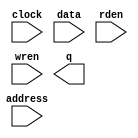
// megafunction wizard: %RAM: 1-PORT%VBB%
// GENERATION: STANDARD
// VERSION: WM1.0
// MODULE: altsyncram 

// ============================================================
// Megafunction Name(s):
// 			altsyncram
//
// Simulation Library Files(s):
// 			altera_mf
// ============================================================
// ************************************************************
// THIS IS A WIZARD-GENERATED FILE. DO NOT EDIT THIS FILE!
//
// 20.1.1 Build 720 11/11/2020 SJ Lite Edition
// ************************************************************

//Copyright (C) 2020  Intel Corporation. All rights reserved.
//Your use of Intel Corporation's design tools, logic functions 
//and other software and tools, and any partner logic 
//functions, and any output files from any of the foregoing 
//(including device programming or simulation files), and any 
//associated documentation or information are expressly subject 
//to the terms and conditions of the Intel Program License 
//Subscription Agreement, the Intel Quartus Prime License Agreement,
//the Intel FPGA IP License Agreement, or other applicable license
//agreement, including, without limitation, that your use is for
//the sole purpose of programming logic devices manufactured by
//Intel and sold by Intel or its authorized distributors.  Please
//refer to the applicable agreement for further details, at
//https://fpgasoftware.intel.com/eula.

module lab5_ram (
	address,
	clock,
	data,
	rden,
	wren,
	q);

	input	[7:0]  address;
	input	  clock;
	input	[31:0]  data;
	input	  rden;
	input	  wren;
	output	[31:0]  q;
`ifndef ALTERA_RESERVED_QIS
// synopsys translate_off
`endif
	tri1	  clock;
	tri1	  rden;
`ifndef ALTERA_RESERVED_QIS
// synopsys translate_on
`endif

endmodule

// ============================================================
// CNX file retrieval info
// ============================================================
// Retrieval info: PRIVATE: ADDRESSSTALL_A NUMERIC "0"
// Retrieval info: PRIVATE: AclrAddr NUMERIC "0"
// Retrieval info: PRIVATE: AclrByte NUMERIC "0"
// Retrieval info: PRIVATE: AclrData NUMERIC "0"
// Retrieval info: PRIVATE: AclrOutput NUMERIC "0"
// Retrieval info: PRIVATE: BYTE_ENABLE NUMERIC "0"
// Retrieval info: PRIVATE: BYTE_SIZE NUMERIC "8"
// Retrieval info: PRIVATE: BlankMemory NUMERIC "1"
// Retrieval info: PRIVATE: CLOCK_ENABLE_INPUT_A NUMERIC "0"
// Retrieval info: PRIVATE: CLOCK_ENABLE_OUTPUT_A NUMERIC "0"
// Retrieval info: PRIVATE: Clken NUMERIC "0"
// Retrieval info: PRIVATE: DataBusSeparated NUMERIC "1"
// Retrieval info: PRIVATE: IMPLEMENT_IN_LES NUMERIC "0"
// Retrieval info: PRIVATE: INIT_FILE_LAYOUT STRING "PORT_A"
// Retrieval info: PRIVATE: INIT_TO_SIM_X NUMERIC "0"
// Retrieval info: PRIVATE: INTENDED_DEVICE_FAMILY STRING "Cyclone V"
// Retrieval info: PRIVATE: JTAG_ENABLED NUMERIC "1"
// Retrieval info: PRIVATE: JTAG_ID STRING "ram"
// Retrieval info: PRIVATE: MAXIMUM_DEPTH NUMERIC "0"
// Retrieval info: PRIVATE: MIFfilename STRING ""
// Retrieval info: PRIVATE: NUMWORDS_A NUMERIC "256"
// Retrieval info: PRIVATE: RAM_BLOCK_TYPE NUMERIC "0"
// Retrieval info: PRIVATE: READ_DURING_WRITE_MODE_PORT_A NUMERIC "3"
// Retrieval info: PRIVATE: RegAddr NUMERIC "1"
// Retrieval info: PRIVATE: RegData NUMERIC "1"
// Retrieval info: PRIVATE: RegOutput NUMERIC "0"
// Retrieval info: PRIVATE: SYNTH_WRAPPER_GEN_POSTFIX STRING "0"
// Retrieval info: PRIVATE: SingleClock NUMERIC "1"
// Retrieval info: PRIVATE: UseDQRAM NUMERIC "1"
// Retrieval info: PRIVATE: WRCONTROL_ACLR_A NUMERIC "0"
// Retrieval info: PRIVATE: WidthAddr NUMERIC "8"
// Retrieval info: PRIVATE: WidthData NUMERIC "32"
// Retrieval info: PRIVATE: rden NUMERIC "1"
// Retrieval info: LIBRARY: altera_mf altera_mf.altera_mf_components.all
// Retrieval info: CONSTANT: CLOCK_ENABLE_INPUT_A STRING "BYPASS"
// Retrieval info: CONSTANT: CLOCK_ENABLE_OUTPUT_A STRING "BYPASS"
// Retrieval info: CONSTANT: INTENDED_DEVICE_FAMILY STRING "Cyclone V"
// Retrieval info: CONSTANT: LPM_HINT STRING "ENABLE_RUNTIME_MOD=YES,INSTANCE_NAME=ram"
// Retrieval info: CONSTANT: LPM_TYPE STRING "altsyncram"
// Retrieval info: CONSTANT: NUMWORDS_A NUMERIC "256"
// Retrieval info: CONSTANT: OPERATION_MODE STRING "SINGLE_PORT"
// Retrieval info: CONSTANT: OUTDATA_ACLR_A STRING "NONE"
// Retrieval info: CONSTANT: OUTDATA_REG_A STRING "UNREGISTERED"
// Retrieval info: CONSTANT: POWER_UP_UNINITIALIZED STRING "FALSE"
// Retrieval info: CONSTANT: READ_DURING_WRITE_MODE_PORT_A STRING "NEW_DATA_NO_NBE_READ"
// Retrieval info: CONSTANT: WIDTHAD_A NUMERIC "8"
// Retrieval info: CONSTANT: WIDTH_A NUMERIC "32"
// Retrieval info: CONSTANT: WIDTH_BYTEENA_A NUMERIC "1"
// Retrieval info: USED_PORT: address 0 0 8 0 INPUT NODEFVAL "address[7..0]"
// Retrieval info: USED_PORT: clock 0 0 0 0 INPUT VCC "clock"
// Retrieval info: USED_PORT: data 0 0 32 0 INPUT NODEFVAL "data[31..0]"
// Retrieval info: USED_PORT: q 0 0 32 0 OUTPUT NODEFVAL "q[31..0]"
// Retrieval info: USED_PORT: rden 0 0 0 0 INPUT VCC "rden"
// Retrieval info: USED_PORT: wren 0 0 0 0 INPUT NODEFVAL "wren"
// Retrieval info: CONNECT: @address_a 0 0 8 0 address 0 0 8 0
// Retrieval info: CONNECT: @clock0 0 0 0 0 clock 0 0 0 0
// Retrieval info: CONNECT: @data_a 0 0 32 0 data 0 0 32 0
// Retrieval info: CONNECT: @rden_a 0 0 0 0 rden 0 0 0 0
// Retrieval info: CONNECT: @wren_a 0 0 0 0 wren 0 0 0 0
// Retrieval info: CONNECT: q 0 0 32 0 @q_a 0 0 32 0
// Retrieval info: GEN_FILE: TYPE_NORMAL lab5_ram.v TRUE
// Retrieval info: GEN_FILE: TYPE_NORMAL lab5_ram.inc FALSE
// Retrieval info: GEN_FILE: TYPE_NORMAL lab5_ram.cmp FALSE
// Retrieval info: GEN_FILE: TYPE_NORMAL lab5_ram.bsf FALSE
// Retrieval info: GEN_FILE: TYPE_NORMAL lab5_ram_inst.v FALSE
// Retrieval info: GEN_FILE: TYPE_NORMAL lab5_ram_bb.v TRUE
// Retrieval info: LIB_FILE: altera_mf